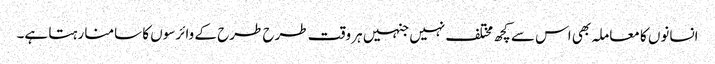
انسانوں کا معاملہ بھی اس سے کچھ مختلف نہیں جنہیں ہر وقت طرح طرح کے وائرسوں کا سامنا رہتا ہے۔